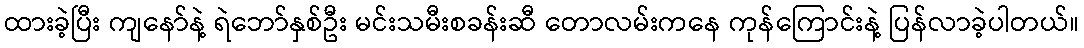
ထားခဲ့ပြီး ကျနော်နဲ့ ရဲဘော်နှစ်ဦး မင်းသမီးစခန်းဆီ တောလမ်းကနေ ကုန်ကြောင်းနဲ့ ပြန်လာခဲ့ပါတယ်။